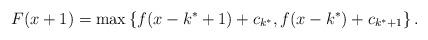
LaTeX: \begin{align*}F(x+1) = \max\left\lbrace f(x-k^*+1) +c_{k^*}, f(x-k^*) +c_{k^*+1}\right\rbrace.\end{align*}